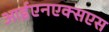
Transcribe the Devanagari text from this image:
आईएनएक्सएस